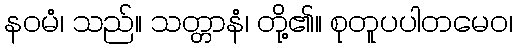
နဝမံ၊ သည်။ သတ္တာနံ၊ တို့၏။ စုတူပပါတမေဝ၊